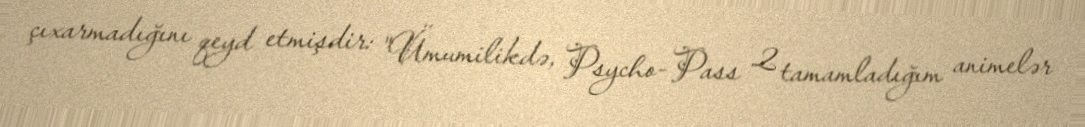
çıxarmadığını qeyd etmişdir: "Ümumilikdə, Psycho-Pass 2 tamamladığım animelər